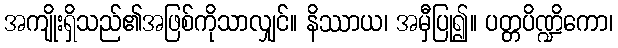
အကျိုးရှိသည်၏အဖြစ်ကိုသာလျှင်။ နိဿာယ၊ အမှီပြု၍။ ပတ္တပိဏ္ဍိကော၊